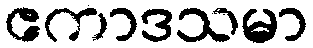
ဧကာဒသမာ